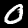
Label: 0